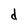
Character: d